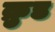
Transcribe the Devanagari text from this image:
क्रुड